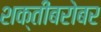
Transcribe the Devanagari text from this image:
शक्तीबरोबर